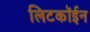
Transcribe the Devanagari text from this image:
लिटकॉईन